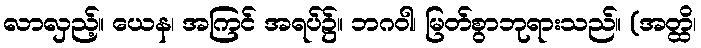
လာလှည့်။ ယေန၊ အကြင် အရပ်၌။ ဘဂဝါ၊ မြတ်စွာဘုရားသည်။ (အတ္ထိ၊